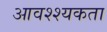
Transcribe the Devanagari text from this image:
आवश्श्यकता